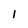
Character: l